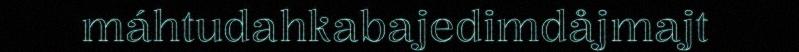
máhtudahkabajedimdåjmajt